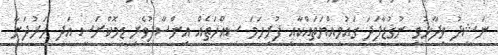
ނަޝީދު ވިދާޅުވީ ނުގުޑާފަދަ ގައުމިއްޔަތައްކާއި ފުރިހަމަ ސިއްހަތެއް އިންސާފުވެރި ޑިމޮކްރަސީ އަދި ހަރުދަނާ